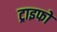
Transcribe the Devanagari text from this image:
ट्राइफो